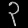
Digit: ၃